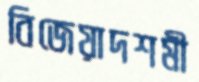
বিজেয়াদশমী